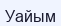
Уайым